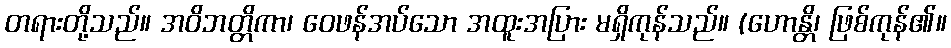
တရားတို့သည်။ အဝိဘတ္တိကာ၊ ဝေဖန်အပ်သော အထူးအပြား မရှိကုန်သည်။ (ဟောန္တိ၊ ဖြစ်ကုန်၏။